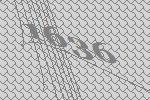
1636